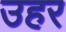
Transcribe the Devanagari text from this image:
उहर